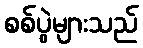
စစ်ပွဲများသည်